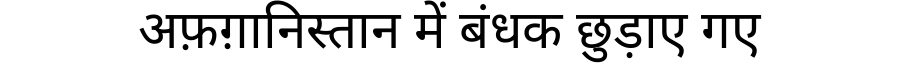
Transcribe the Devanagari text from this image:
अफ़ग़ानिस्तान में बंधक छुड़ाए गए